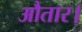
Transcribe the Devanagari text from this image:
औतार।